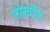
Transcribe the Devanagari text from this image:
लोखंडि